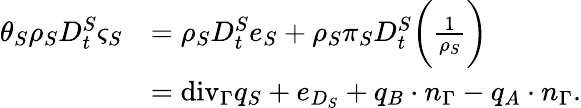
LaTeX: \begin{array}{rl}{\theta_{S}\rho_{S}D_{t}^{S}\varsigma_{S}}&{=\rho_{S}D_{t}^{S}e_{S}+\rho_{S}\pi_{S}D_{t}^{S}\bigg(\frac{1}{\rho_{S}}\bigg)}\\ &{=\mathrm{{div}}_{\Gamma}q_{S}+e_{D_{S}}+q_{B}\cdot n_{\Gamma}-q_{A}\cdot n_{\Gamma}.}\end{array}